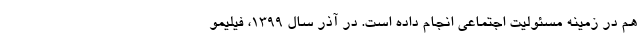
هم در زمینه مسئولیت اجتماعی انجام داده است. در آذر سال ۱۳۹۹، فیلیمو